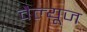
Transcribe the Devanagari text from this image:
वैल्यूज